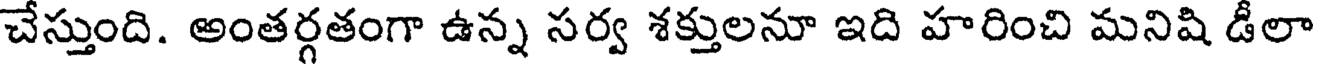
చేస్తుంది. అంతర్గతంగా ఉన్న సర్వ శక్తులనూ ఇది హరించి మనిషి డీలా